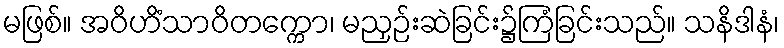
မဖြစ်။ အဝိဟိံသာဝိတက္ကော၊ မညှဉ်းဆဲခြင်း၌ကြံခြင်းသည်။ သနိဒါနံ၊